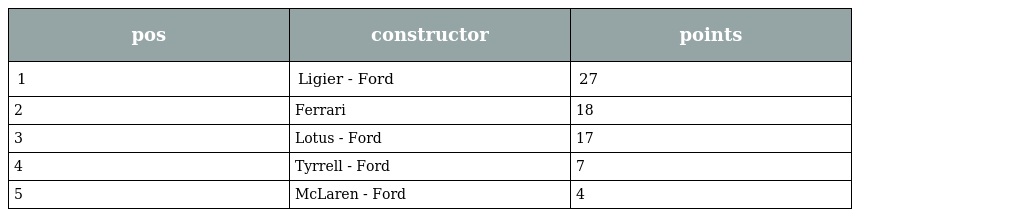
| pos | constructor | points |
 | --- | --- | --- |
 | 1 | Ligier - Ford | 27 |
 | 2 | Ferrari | 18 |
 | 3 | Lotus - Ford | 17 |
 | 4 | Tyrrell - Ford | 7 |
 | 5 | McLaren - Ford | 4 |